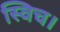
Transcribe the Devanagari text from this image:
स्विच।